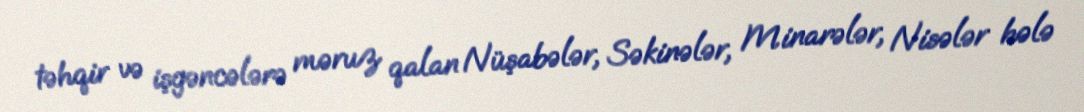
təhqir və işgəncələrə məruz qalan Nüşabələr, Səkinələr, Minarələr, Nisələr hələ